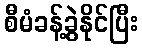
စီမံခန့်ခွဲနိုင်ပြီး